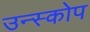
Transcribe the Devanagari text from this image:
उन्स्कोप